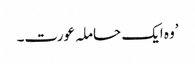
’وہ ایک حاملہ عورت۔